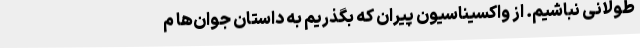
طولانی نباشیم. از واکسیناسیون پیران که بگذریم به داستان جوان‌ها م